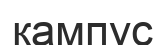
кампус